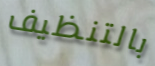
بالتنظيف